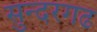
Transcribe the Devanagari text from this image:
सुन्दरगढ